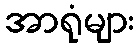
အာရုံများ